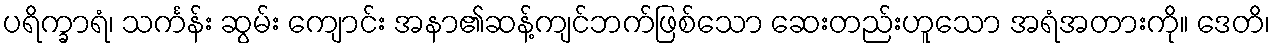
ပရိက္ခာရံ၊ သင်္ကန်း ဆွမ်း ကျောင်း အနာ၏ဆန့်ကျင်ဘက်ဖြစ်သော ဆေးတည်းဟူသော အရံအတားကို။ ဒေတိ၊